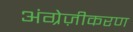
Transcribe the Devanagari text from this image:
अंग्रेज़ीकरण